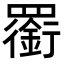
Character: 𦌫